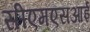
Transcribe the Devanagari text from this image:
सीएमएसआई